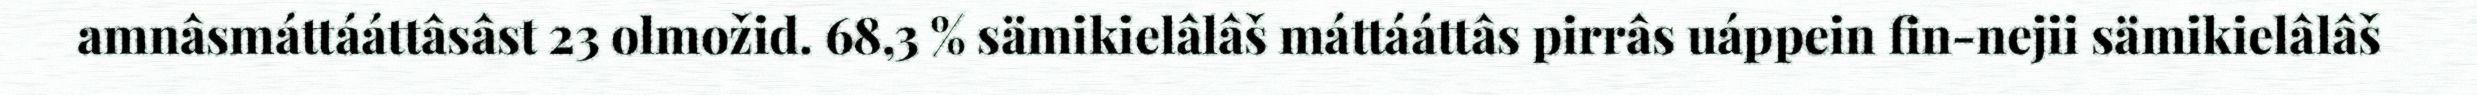
amnâsmáttááttâsâst 23 olmožid. 68,3 % sämikielâlâš máttááttâs pirrâs uáppein fin-nejii sämikielâlâš